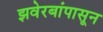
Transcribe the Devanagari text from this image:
झवेरबांपासून